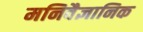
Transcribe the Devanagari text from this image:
मनिवैज्ञानिक